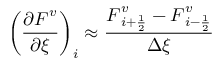
\left( \frac { \partial \boldsymbol { F } ^ { v } } { \partial \xi } \right) _ { i } \approx \frac { \boldsymbol { F } _ { i + \frac { 1 } { 2 } } ^ { v } - \boldsymbol { F } _ { i - \frac { 1 } { 2 } } ^ { v } } { \Delta \xi }